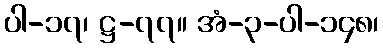
ပါ-၁၇၊ ဋ္ဌ-၇၇။ အံ-၃-ပါ-၁၄၈၊